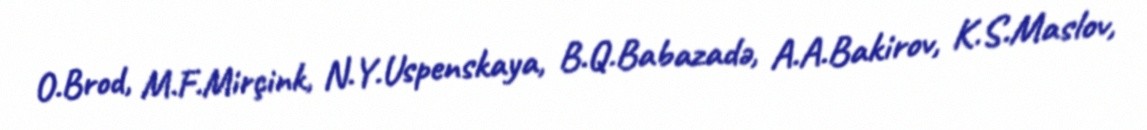
O.Brod, M.F.Mirçink, N.Y.Uspenskaya, B.Q.Babazadə, A.A.Bakirov, K.S.Maslov,